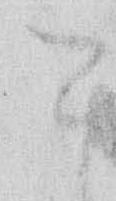
き